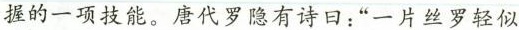
握的一项技能。唐代罗隐有诗曰：“一片丝罗轻似